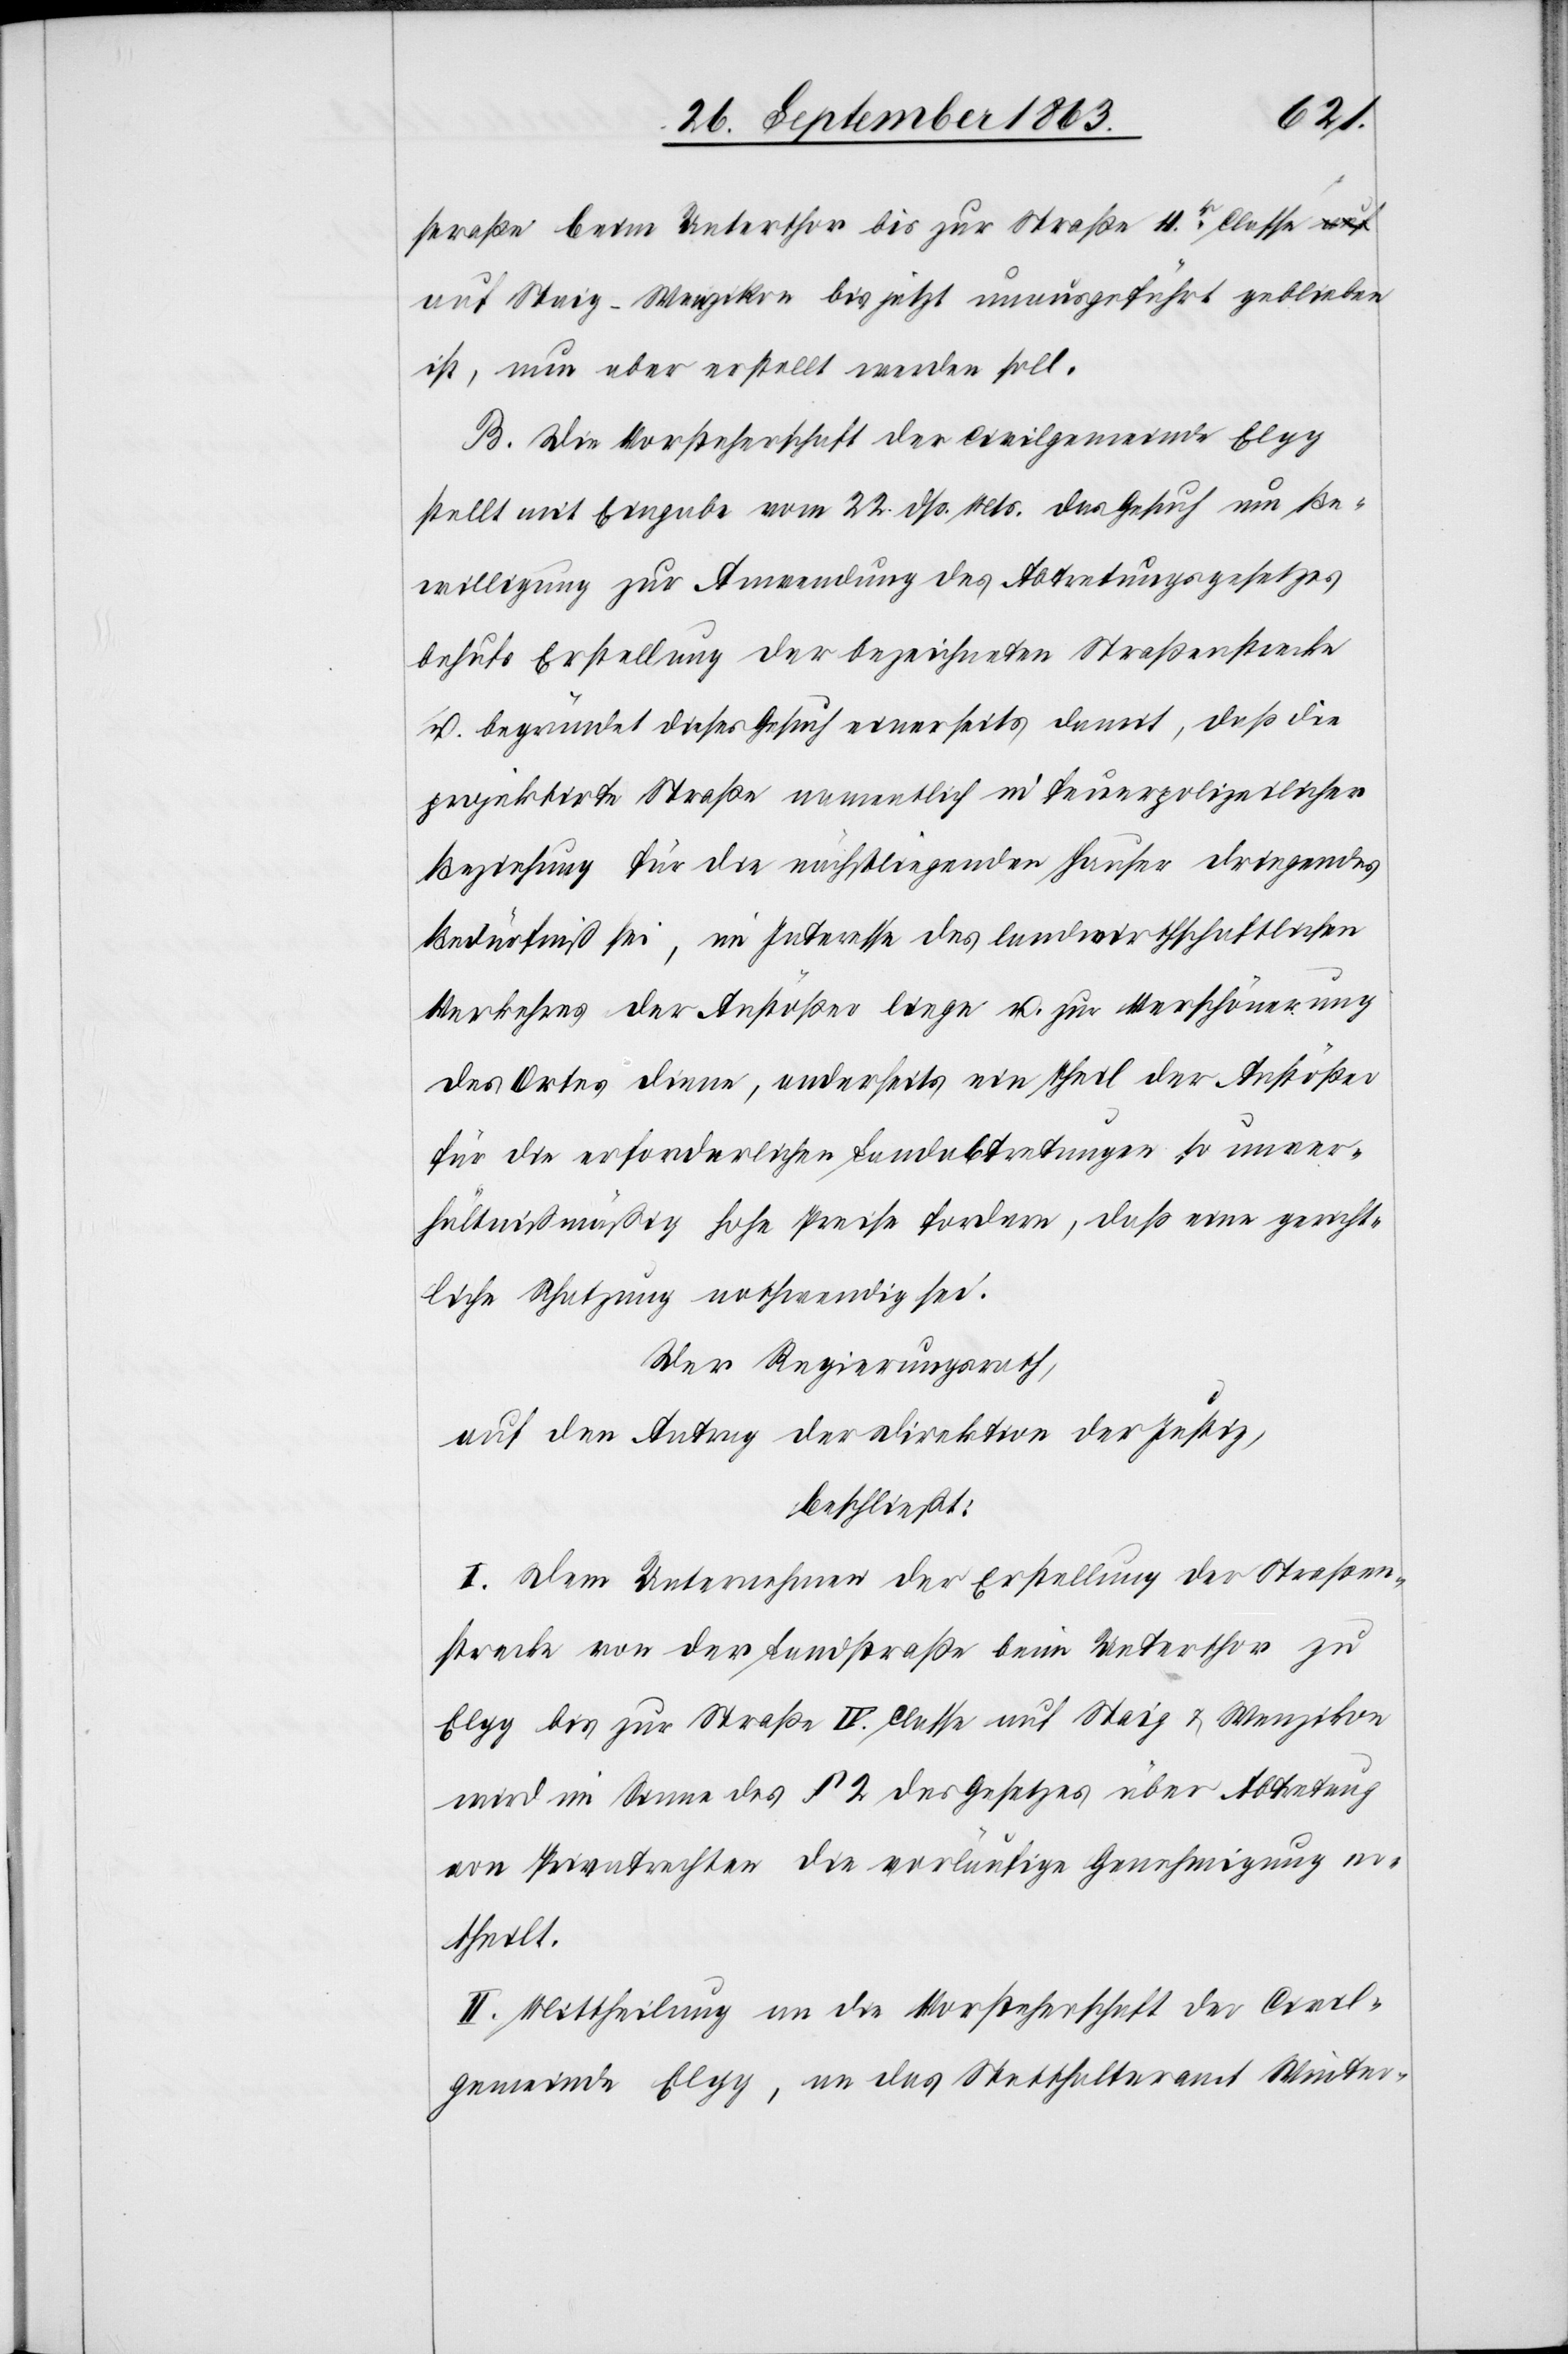
straße beim Unterthor bis zur Straße 4r. Classe
auf Staig-Wenzikon bis jetzt unausgeführt geblieben
ist, nun aber erstellt werden soll.
B. Die Vorsteherschaft der Civilgemeinde Elgg
stellt mit Eingabe vom 22. dß. Mts. das Gesuch um Be¬
willigung zur Anwendung des Abtretungsgesetzes
behufs Erstellung der bezeichneten Straßenstrecke
u. begründet dieses Gesuch einerseits damit, daß die
projektirte Straße namentlich in feuerpolizeilicher
Beziehung für die nächstliegenden Hauser [sic!] dringendes
Bedürfniß sei, im Interesse des landwirthschaftlichen
Verkehres der Anstößer liege u. zur Verschönerung
des Ortes diene, anderseits ein Theil der Anstößer
für die erforderlichen Landabtretungen so unver¬
hältnißmäßig hohe Preise fordern, daß eine gericht¬
liche Schatzung nothwendig sei.
Der Regierungsrath,
auf den Antrag der Direktion der Justiz,
beschließt:
I. Dem Unternehmen der Erstellung der Straßen¬
strecke von der Landstraße beim Unterthor zu
Elgg bis zur Straße IV. Classe auf Staig & Wenzikon
wird im Sinne des § 2 des Gesetzes über Abtretung
von Privatrechten die vorläufige Genehmigung er¬
theilt.
II. Mittheilung an die Vorsteherschaft der Civil¬
gemeinde Elgg, an das Statthalteramt Winter-